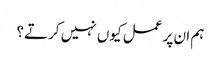
ہم ان پر عمل کیوں نہیں کرتے؟